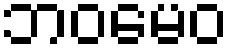
ဘဝမေဝ